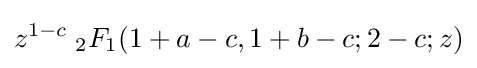
z^{1-c}\;{}_{2}F_{1}(1+a-c,1+b-c;2-c;z)